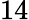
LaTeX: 14